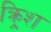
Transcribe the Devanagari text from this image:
क्र्रिश